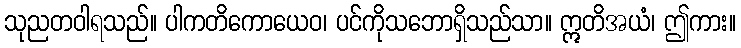
သုညတဝါရသည်။ ပါကတိကောယေဝ၊ ပင်ကိုသဘောရှိသည်သာ။ ဣတိအယံ၊ ဤကား။